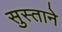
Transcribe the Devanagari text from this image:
सुस्ताने